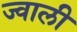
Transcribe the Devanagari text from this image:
ज्वाली